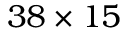
3 8 \times 1 5